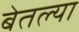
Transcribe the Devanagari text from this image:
बेतल्या